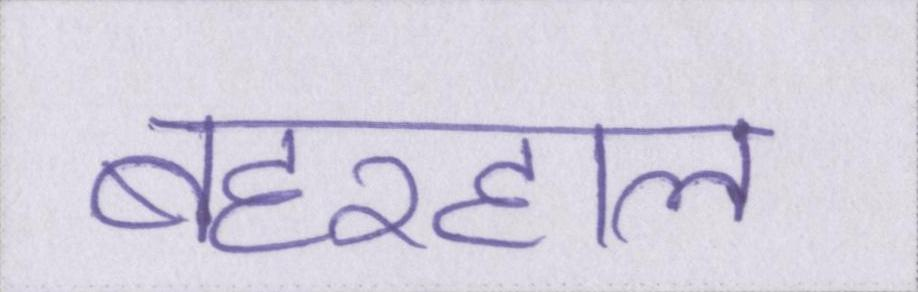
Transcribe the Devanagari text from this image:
बहरहाल